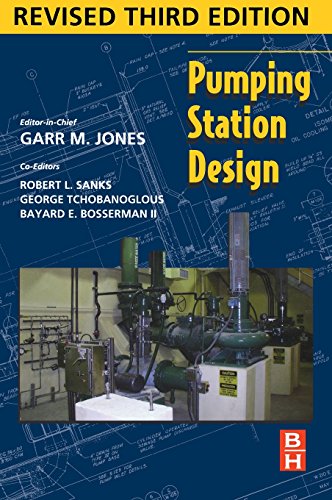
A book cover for Pumping Station Design, 3rd Edition; Garr M. Jones  PE  DEE; Science & Math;